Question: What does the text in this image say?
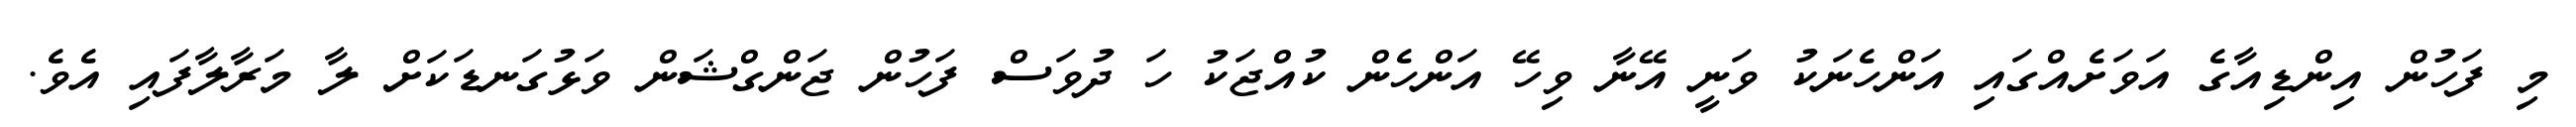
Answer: މި ފަހުން އިންޑިއާގެ އަވަށެއްގައި އަންހެނަކު ވަނީ އޭނާ ވިހޭ އަންހެން ކުއްޖަކު ހަ ދުވަސް ފަހުން ޖަންގްޝަން ވަޅުގަނޑަކަށް ލާ މަރާލާފައި އެވެ.